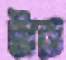
টারা